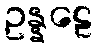
ဥန္နဠေ